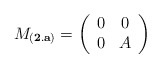
\begin{align*}M_{\bf (2.a)}=\left(\begin{array}{cc}0 & 0 \\ 0 & A\end{array}\right)\end{align*}